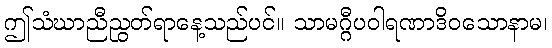
ဤသံဃာညီညွတ်ရာနေ့သည်ပင်။ သာမဂ္ဂီပဝါရဏာဒိဝသောနာမ၊